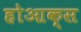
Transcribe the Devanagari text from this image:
होआक्स